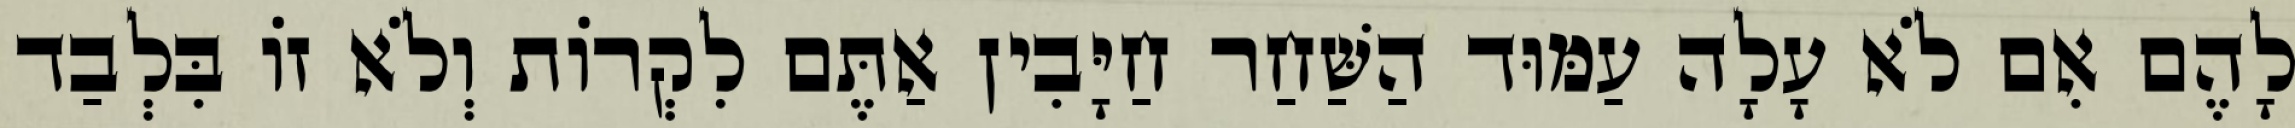
לָהֶם אִם לֹא עָלָה עַמּוּד הַשַּׁחַר חַיָּבִין אַתֶּם לִקְרוֹת וְלֹא זוֹ בִּלְבַד